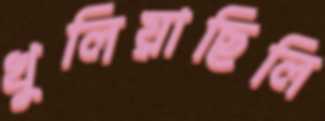
খুলিয়াছিলি